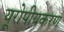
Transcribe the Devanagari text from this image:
यूरोपीयकरण